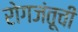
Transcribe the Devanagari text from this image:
रोगजंतूची